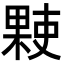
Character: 𬃻